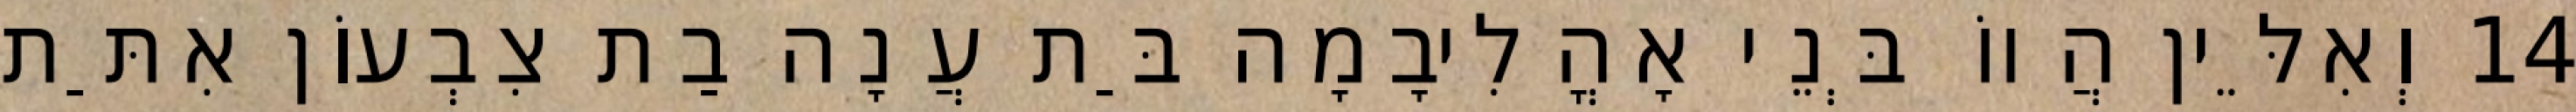
14 וְאִלֵּין הֲווֹ בְּנֵי אָהֳלִיבָמָה בַּת עֲנָה בַת צִבְעוֹן אִתַּת